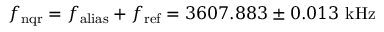
f _ { \mathrm { n q r } } = f _ { \mathrm { a l i a s } } + f _ { \mathrm { r e f } } = 3 6 0 7 . 8 8 3 \pm 0 . 0 1 3 ~ \mathrm { k H z }